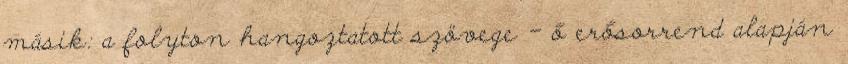
másik: a folyton hangoztatott szövege - ő erősorrend alapján